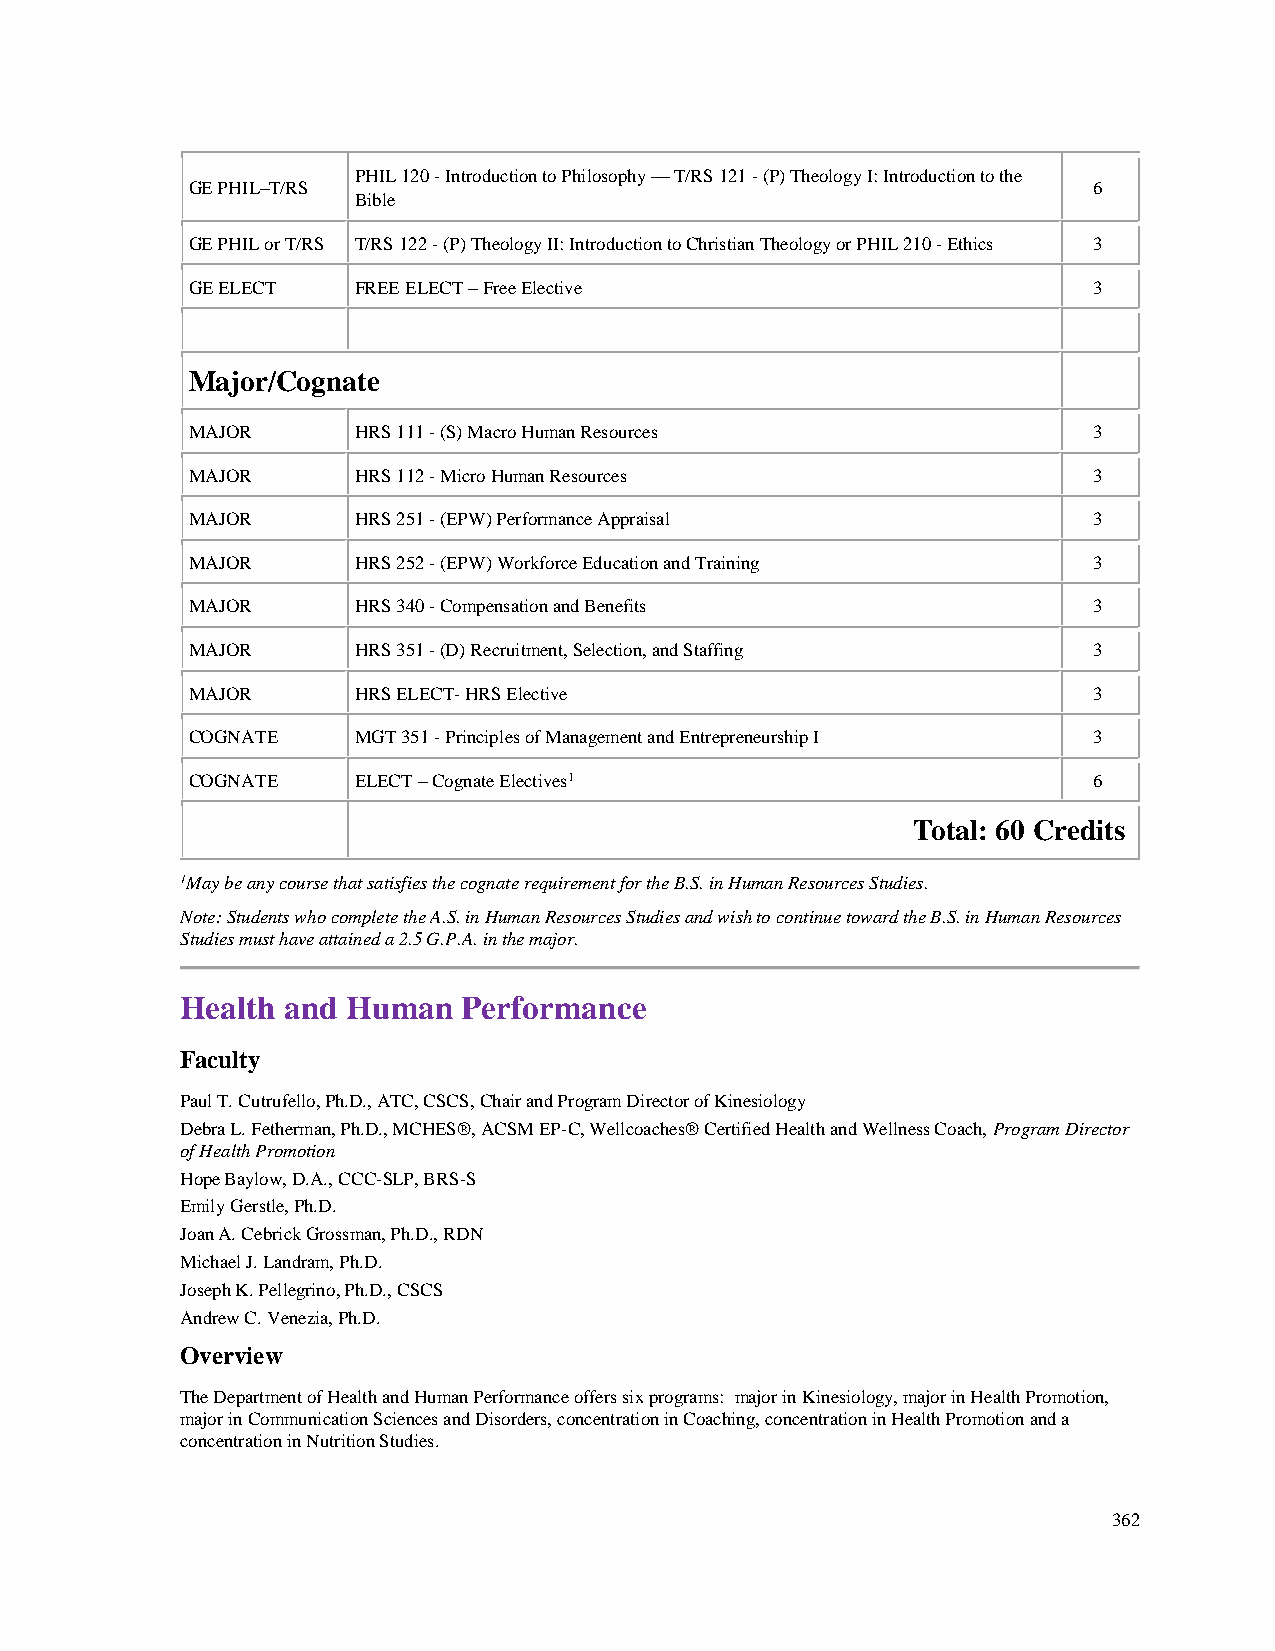
PHIL 120 - Introduction to Philosophy — T/RS 121 - (P) Theology I: Introduction to the
 GE PHIL–T/RS                                                6
 Bible
 GE PHIL or T/RS T/RS 122 - (P) Theology II: Introduction to Christian Theology or PHIL 210 - Ethics 3
 GE ELECT   FREE ELECT – Free Elective                       3
 Major/Cognate
 MAJOR      HRS 111 - (S) Macro Human Resources              3
 MAJOR      HRS 112 - Micro Human Resources                  3
 MAJOR      HRS 251 - (EPW) Performance Appraisal            3
 MAJOR      HRS 252 - (EPW) Workforce Education and Training 3
 MAJOR      HRS 340 - Compensation and Benefits              3
 MAJOR      HRS 351 - (D) Recruitment, Selection, and Staffing 3
 MAJOR      HRS ELECT- HRS Elective                          3
 COGNATE    MGT 351 - Principles of Management and Entrepreneurship I 3
 COGNATE    ELECT – Cognate Electives1                       6
 Total: 60 Credits
 1May be any course that satisfies the cognate requirement for the B.S. in Human Resources Studies.
 Note: Students who complete the A.S. in Human Resources Studies and wish to continue toward the B.S. in Human Resources
 Studies must have attained a 2.5 G.P.A. in the major.
 Health and Human   Performance
 Faculty
 Paul T. Cutrufello, Ph.D., ATC, CSCS, Chair and Program Director of Kinesiology
 Debra L. Fetherman, Ph.D., MCHES®, ACSM EP-C, Wellcoaches® Certified Health and Wellness Coach, Program Director
 of Health Promotion
 Hope Baylow, D.A., CCC-SLP, BRS-S
 Emily Gerstle, Ph.D.
 Joan A. Cebrick Grossman, Ph.D., RDN
 Michael J. Landram, Ph.D.
 Joseph K. Pellegrino, Ph.D., CSCS
 Andrew C. Venezia, Ph.D.
 Overview
 The Department of Health and Human Performance offers six programs: major in Kinesiology, major in Health Promotion,
 major in Communication Sciences and Disorders, concentration in Coaching, concentration in Health Promotion and a
 concentration in Nutrition Studies.
 362